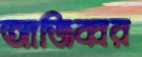
আজিব্বর